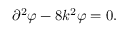
\partial ^ { 2 } \varphi - 8 k ^ { 2 } \varphi = 0 .